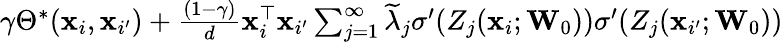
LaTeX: \begin{array}{r}{\gamma\Theta^{\ast}(\mathbf{x}_{i},\mathbf{x}_{i^{\prime}})+\frac{(1-\gamma)}{{d}}\mathbf{x}_{i}^{\top}\mathbf{x}_{i^{\prime}}\sum_{j=1}^{\infty}\widetilde\lambda_{j}\sigma^{\prime}(Z_{j}(\mathbf{x}_{i};\mathbf{W}_{0}))\sigma^{\prime}(Z_{j}(\mathbf{x}_{i^{\prime}};\mathbf{W}_{0}))}\end{array}